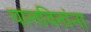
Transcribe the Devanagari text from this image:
चालवितांना